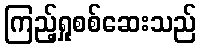
ကြည့်ရှုစစ်ဆေးသည်